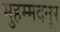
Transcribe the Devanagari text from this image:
मुहम्मदनूर